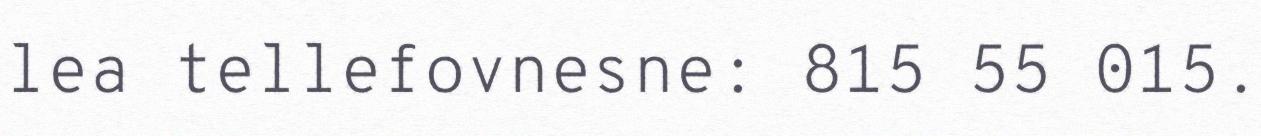
lea tellefovnesne: 815 55 015.